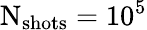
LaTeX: \mathrm N_{\mathrm{shots}}=10^{5}